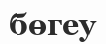
бөгеу